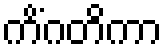
ကိံဂတိကာ